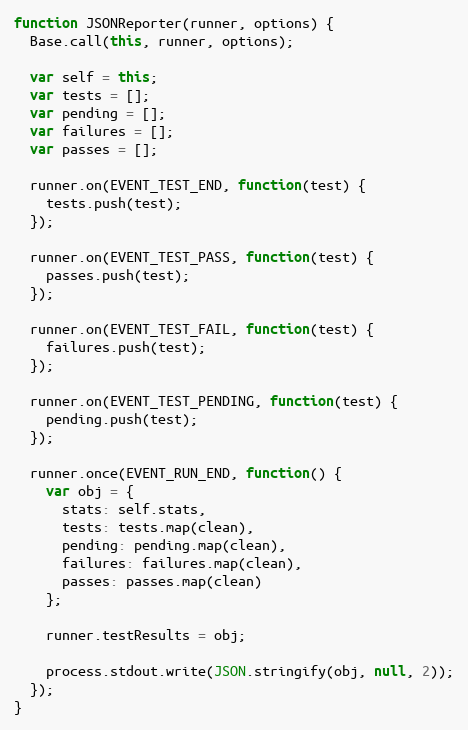
Language: JavaScript
function JSONReporter(runner, options) {
  Base.call(this, runner, options);

  var self = this;
  var tests = [];
  var pending = [];
  var failures = [];
  var passes = [];

  runner.on(EVENT_TEST_END, function(test) {
    tests.push(test);
  });

  runner.on(EVENT_TEST_PASS, function(test) {
    passes.push(test);
  });

  runner.on(EVENT_TEST_FAIL, function(test) {
    failures.push(test);
  });

  runner.on(EVENT_TEST_PENDING, function(test) {
    pending.push(test);
  });

  runner.once(EVENT_RUN_END, function() {
    var obj = {
      stats: self.stats,
      tests: tests.map(clean),
      pending: pending.map(clean),
      failures: failures.map(clean),
      passes: passes.map(clean)
    };

    runner.testResults = obj;

    process.stdout.write(JSON.stringify(obj, null, 2));
  });
}